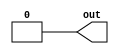
module m2014_q4i(
  output out
);

  assign out = 1'b0;

endmodule